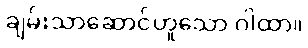
ချမ်းသာဆောင်ဟူသော ဂါထာ။